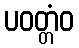
ပဝတ္တံဝ